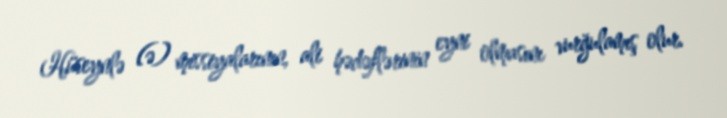
Hüseynlə (ə) missiyalarının, ali hədəflərinin eyni olmasını vurğulamış olur.